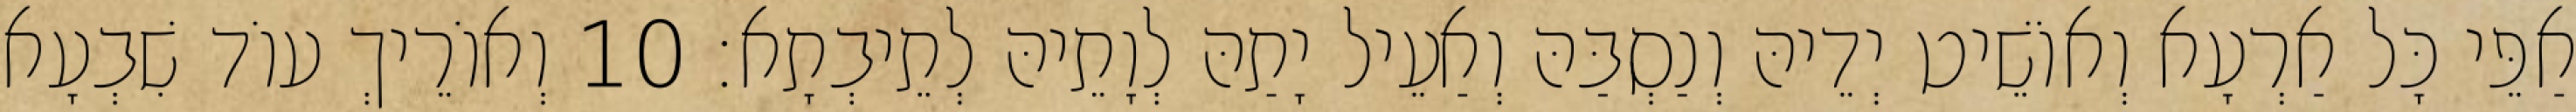
אַפֵּי כָּל אַרְעָא וְאוֹשֵׁיט יְדֵיהּ וְנַסְבַּהּ וְאַעֵיל יָתַהּ לְוָתֵיהּ לְתֵיבְתָא׃ 10 וְאוֹרֵיךְ עוֹד שִׁבְעָא